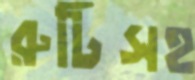
রুটিসহ